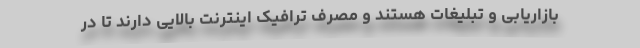
بازاریابی و تبلیغات هستند و مصرف ترافیک اینترنت بالایی دارند تا در